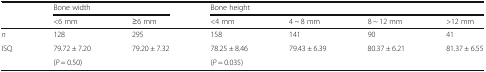
<table><thead><tr><td rowspan="2"></td><td colspan="2"><b>Bone width</b></td><td colspan="4"><b>Bone height</b></td></tr><tr><td><b>&lt;6 mm</b></td><td><b>≥6 mm</b></td><td><b>&lt;4 mm</b></td><td><b>4 ~ 8 mm</b></td><td><b>8 ~ 12 mm</b></td><td><b>&gt;12 mm</b></td></tr></thead><tbody><tr><td><i>n</i></td><td>128</td><td>295</td><td>158</td><td>141</td><td>90</td><td>41</td></tr><tr><td>ISQ</td><td>79.72 ± 7.20</td><td>79.20 ± 7.32</td><td>78.25 ± 8.46</td><td>79.43 ± 6.39</td><td>80.37 ± 6.21</td><td>81.37 ± 6.55</td></tr><tr><td></td><td colspan="2">(<i>P</i> = 0.50)</td><td colspan="4">(<i>P</i> = 0.035)</td></tr></tbody></table>